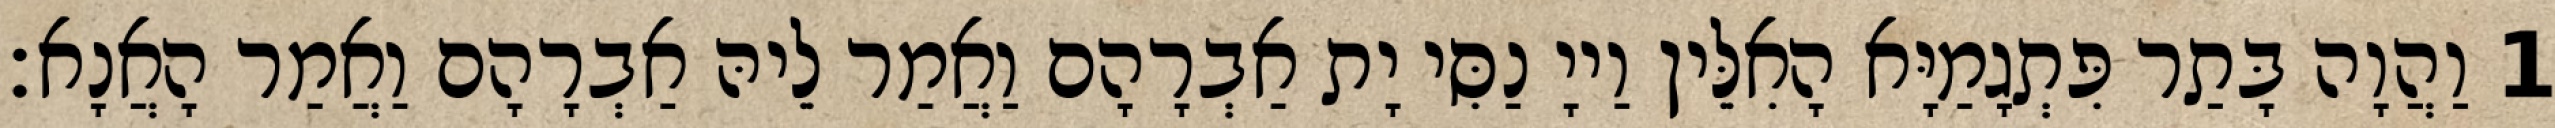
1 וַהֲוָה בָּתַר פִּתְגָמַיָּא הָאִלֵּין וַייָ נַסִּי יָת אַבְרָהָם וַאֲמַר לֵיהּ אַבְרָהָם וַאֲמַר הָאֲנָא׃